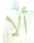
ألا